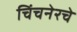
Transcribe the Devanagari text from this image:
चिंचनेरचे